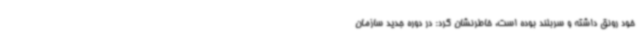
خود رونق داشته و سربلند بوده است، خاطرنشان کرد: در دوره جدید سازمان